Civil Veterinary Dept. Bombay admin report 1907-1913 - 1907-1913
Year: 1907
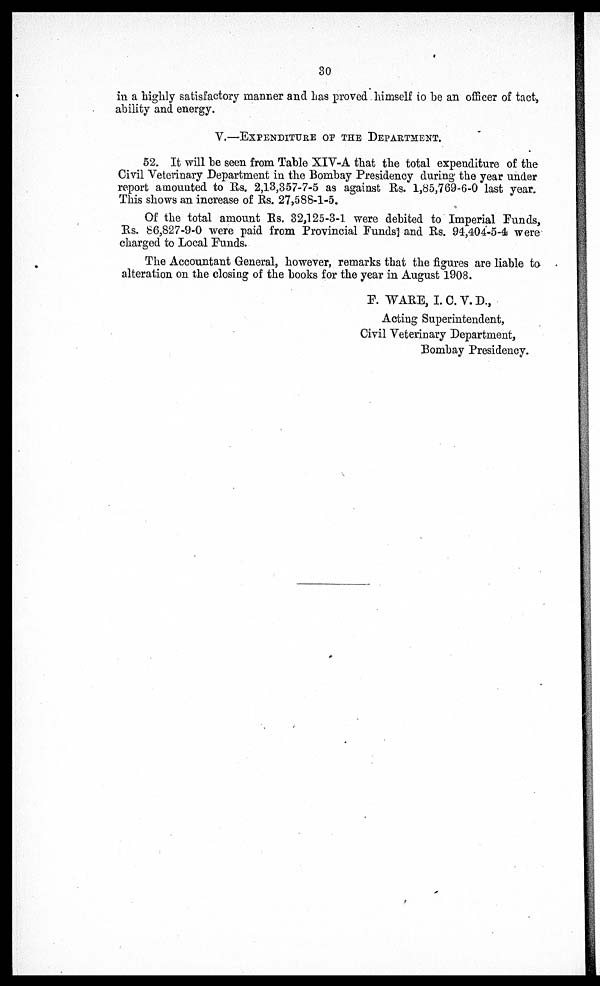
30
in a highly satisfactory manner and has proved himself to be an officer of tact,
ability and energy.
V.—EXPENDITURE OF THE DEPARTMENT.
52. It will he seen from Table XIV-A that the total expenditure of the
Civil Veterinary Department in the Bombay Presidency during the year under
report amounted to as. 2,13,357-7-5 as against Rs. 1,85,769-6-0 last year.
This shows an increase of Rs. 27,588-1-5.
Of the total amount Rs. 32,125-3-1 were debited to Imperial Funds,
Rs. 86,827-9-0 were paid from Provincial Funds? and Rs. 94,404-5-4 were
charged to Local Funds.
The Accountant General, however, remarks that the figures are liable to
alteration on the closing of the books for the year in August 1908.
F. WARE, I. C. V. D.,
Acting Superintendent,
Civil Veterinary Department,
Bombay Presidency.